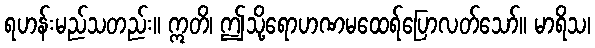
ရဟန်းမည်သတည်း။ ဣတိ၊ ဤသို့ရောဟဏမထေရ်ပြောလတ်သော်။ မာရိသ၊